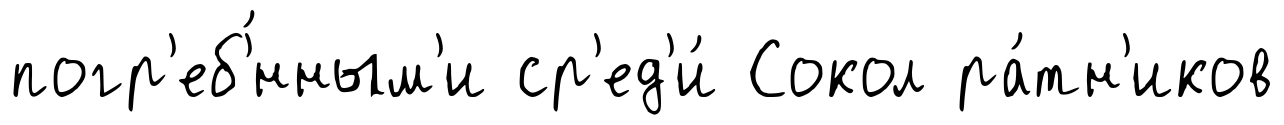
погр'еб'́нным'и ср'ед'и́ Сокол ра́тн'иков